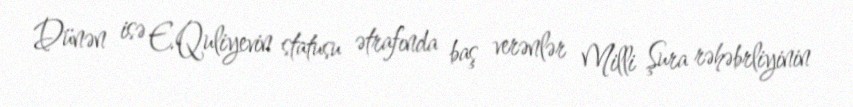
Dünən isə E.Quliyevin statusu ətrafında baş verənlər Milli Şura rəhəbrliyinin